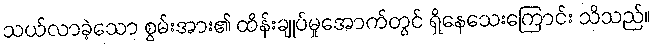
သယ်လာခဲ့သော စွမ်းအား၏ ထိန်းချုပ်မှုအောက်တွင် ရှိနေသေးကြောင်း သိသည်။